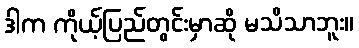
ဒါက ကိုယ့်ပြည်တွင်းမှာဆို မသိသာဘူး။